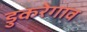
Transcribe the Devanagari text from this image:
डुकरेगाव